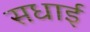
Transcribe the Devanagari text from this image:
सधाई